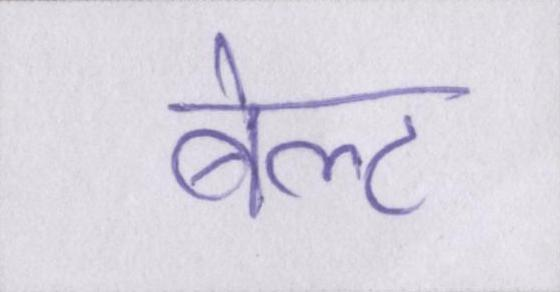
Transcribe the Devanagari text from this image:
बेल्ट